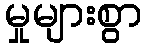
မှုများစွာ